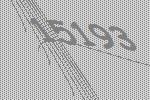
15193